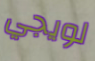
لويجي